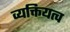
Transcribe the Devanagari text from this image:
व्यक्तियत्व